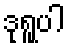
ဒုရူပါ